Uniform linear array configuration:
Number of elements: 24
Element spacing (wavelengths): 0.25
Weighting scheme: exponential
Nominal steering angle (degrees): -60
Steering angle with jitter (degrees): -61.23
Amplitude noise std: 0.05
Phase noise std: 0.05

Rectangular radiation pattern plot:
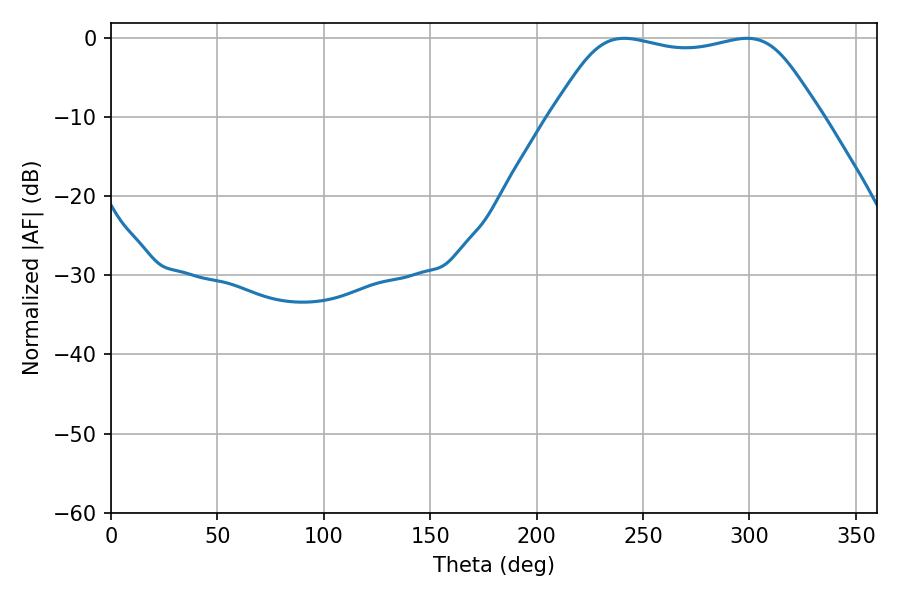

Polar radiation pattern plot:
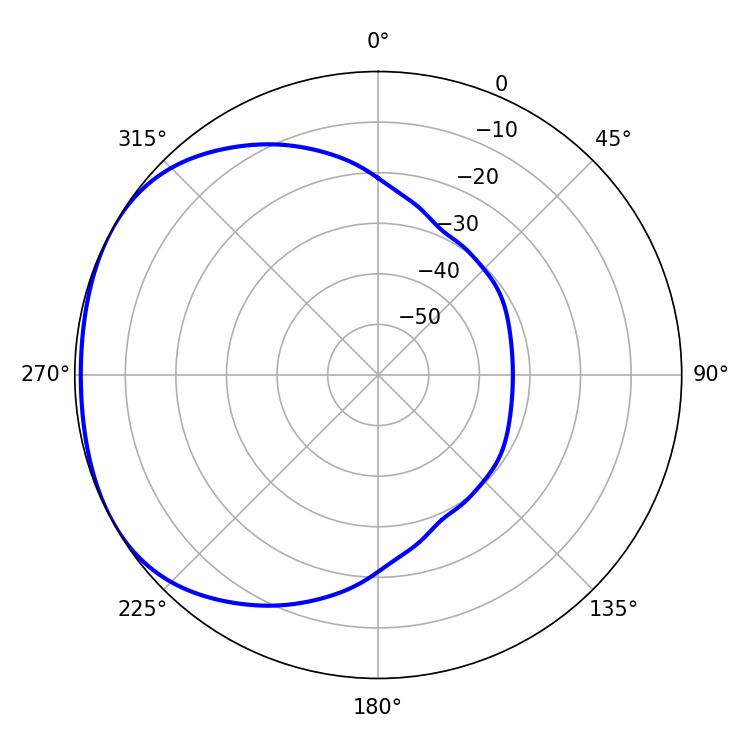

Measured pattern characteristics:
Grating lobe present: FALSE
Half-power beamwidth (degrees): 95.76
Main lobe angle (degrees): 241.2